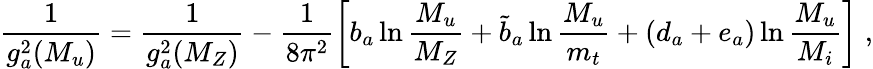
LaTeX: \frac{1}{g_{a}^{2}(M_{u})}=\frac{1}{g_{a}^{2}{(M_{Z})}}-\frac{1}{8\pi^{2}}\left[b_{a}\ln\frac{M_{u}}{M_{Z}}+\tilde{b}_{a}\ln\frac{M_{u}}{m_{t}}+(d_{a}+e_{a})\ln\frac{M_{u}}{M_{i}}\right]\; ,